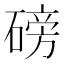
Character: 磅